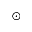
\odot